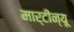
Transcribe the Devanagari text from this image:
मार्टीन्यू